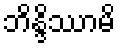
ဘိန္ဒိဿာမိ